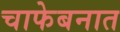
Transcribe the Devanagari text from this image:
चाफेबनात